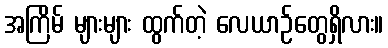
အကြိမ် များများ ထွက်တဲ့ လေယာဉ်တွေရှိလား။